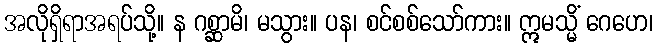
အလိုရှိရာအရပ်သို့။ န ဂစ္ဆာမိ၊ မသွား။ ပန၊ စင်စစ်သော်ကား။ ဣမသ္မိံ ဂေဟေ၊